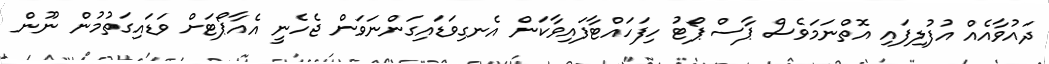
ދައުވާއެއް އުފުލިފައި އޮތްނަމަވެސް ޕާސްޕޯޓު ހިފަހައްޓާފައިވާކަން އެނގިވަޑައިގަންނަވަން ޖެހެނީ އެއާޕޯޓަށް ވަޑައިގަތުމުން ނޫން